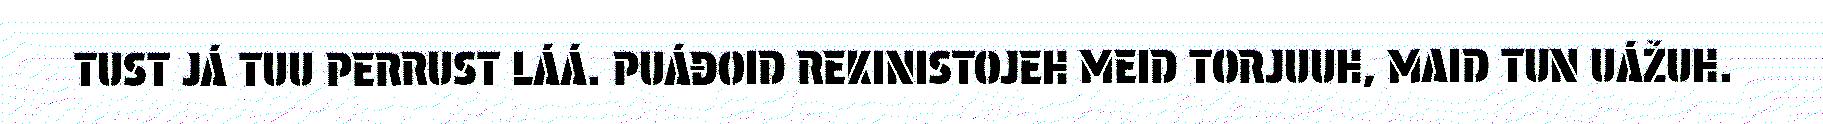
TUST JÁ TUU PERRUST LÁÁ. PUÁĐOID REKINISTOJEH MEID TORJUUH, MAID TUN UÁŽUH.